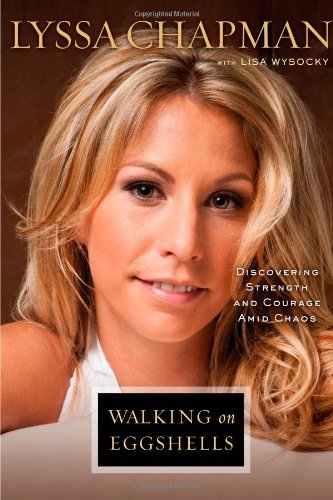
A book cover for Walking on Eggshells: Discovering Strength and Courage Amid Chaos; Lyssa Chapman; Biographies & Memoirs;